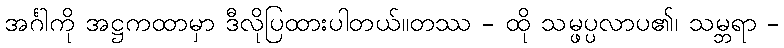
အင်္ဂါကို အဋ္ဌကထာမှာ ဒီလိုပြထားပါတယ်။တဿ - ထို သမ္ဖပ္ပလာပ၏၊ သမ္ဘရာ -